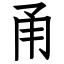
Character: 甬